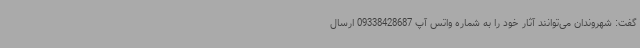
گفت: شهروندان می‌توانند آثار خود را به شماره واتس آپ 09338428687 ارسال